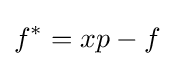
f^{*}=xp-f